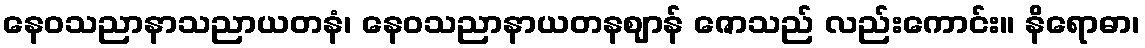
နေဝသညာနာသညာယတနံ၊ နေဝသညာနာယတနဈာန် ဇောသည် လည်းကောင်း။ နိရောဓာ၊